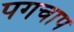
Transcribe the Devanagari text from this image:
पगचाप